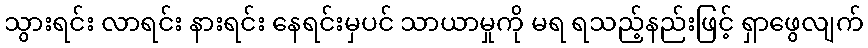
သွားရင်း လာရင်း နားရင်း နေရင်းမှပင် သာယာမှုကို မရ ရသည့်နည်းဖြင့် ရှာဖွေလျက်